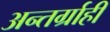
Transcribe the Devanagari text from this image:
अन्तर्ग्राही